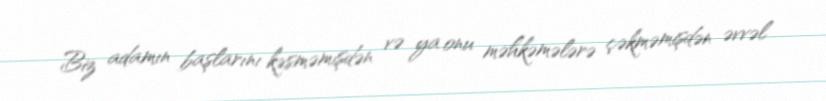
Biz adamın başlarını kəsməmişdən və ya onu məhkəmələrə çəkməmişdən əvvəl